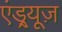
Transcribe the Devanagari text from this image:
एंड्र्यूज़